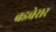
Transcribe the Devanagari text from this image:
बडवेसर